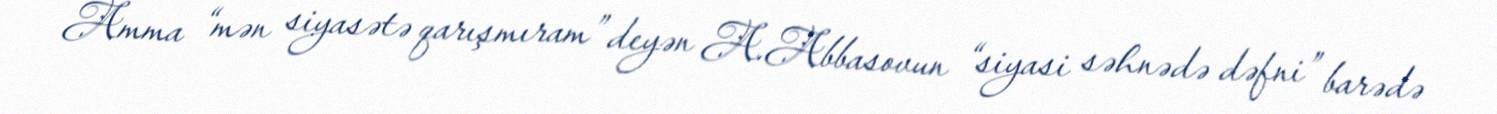
Amma “mən siyasətə qarışmıram” deyən A.Abbasovun “siyasi səhnədə dəfni” barədə